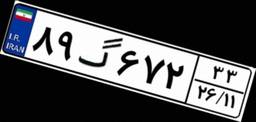
۸۴گ۰۳۴۸۵